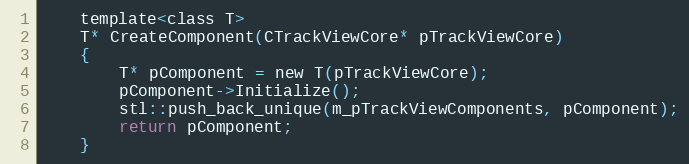
Language: C
	template<class T>
	T* CreateComponent(CTrackViewCore* pTrackViewCore)
	{
		T* pComponent = new T(pTrackViewCore);
		pComponent->Initialize();
		stl::push_back_unique(m_pTrackViewComponents, pComponent);
		return pComponent;
	}